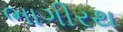
ભાગીરથ